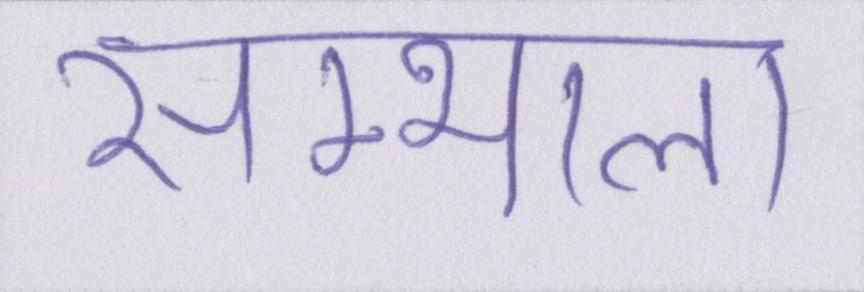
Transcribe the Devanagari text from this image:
सम्भाला